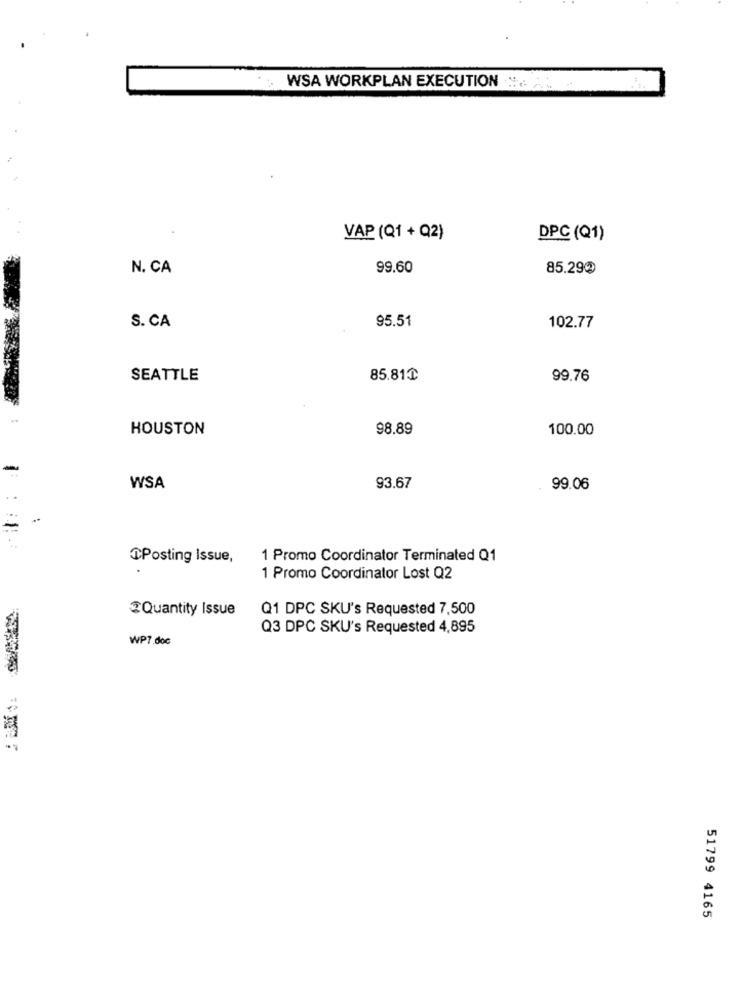
WSA WORKPLAN EXECUTION
VAP (Q1 + Q2)
DPC (Q1)
N. CA
99.60
85.29₽
S. CA
95.51
102.77
SEATTLE
85.81₸
99.76
HOUSTON
98.89
100.00
93.67
WSA
99.06
Posting Issue,
1 Promo Coordinator Terminated Q1
1 Promo Coordinator Lost Q2
Quantity Issue
Q1 DPC SKU's Requested 7,500
Q3 DPC SKU's Requested 4,895
WP7.doc
51799 4165